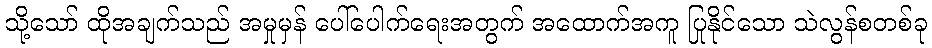
သို့သော် ထိုအချက်သည် အမှုမှန် ပေါ်ပေါက်ရေးအတွက် အထောက်အကူ ပြုနိုင်သော သဲလွန်စတစ်ခု